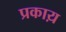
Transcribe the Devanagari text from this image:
प्रकाय़